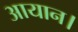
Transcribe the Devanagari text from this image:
आयान।